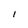
Character: l